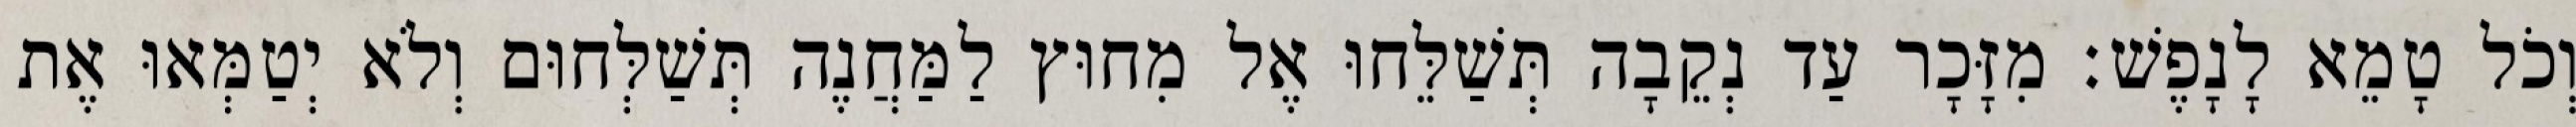
וְכֹל טָמֵא לָנָפֶשׁ׃ מִזָּכָר עַד נְקֵבָה תְּשַׁלֵּחוּ אֶל מִחוּץ לַמַּחֲנֶה תְּשַׁלְּחוּם וְלֹא יְטַמְּאוּ אֶת